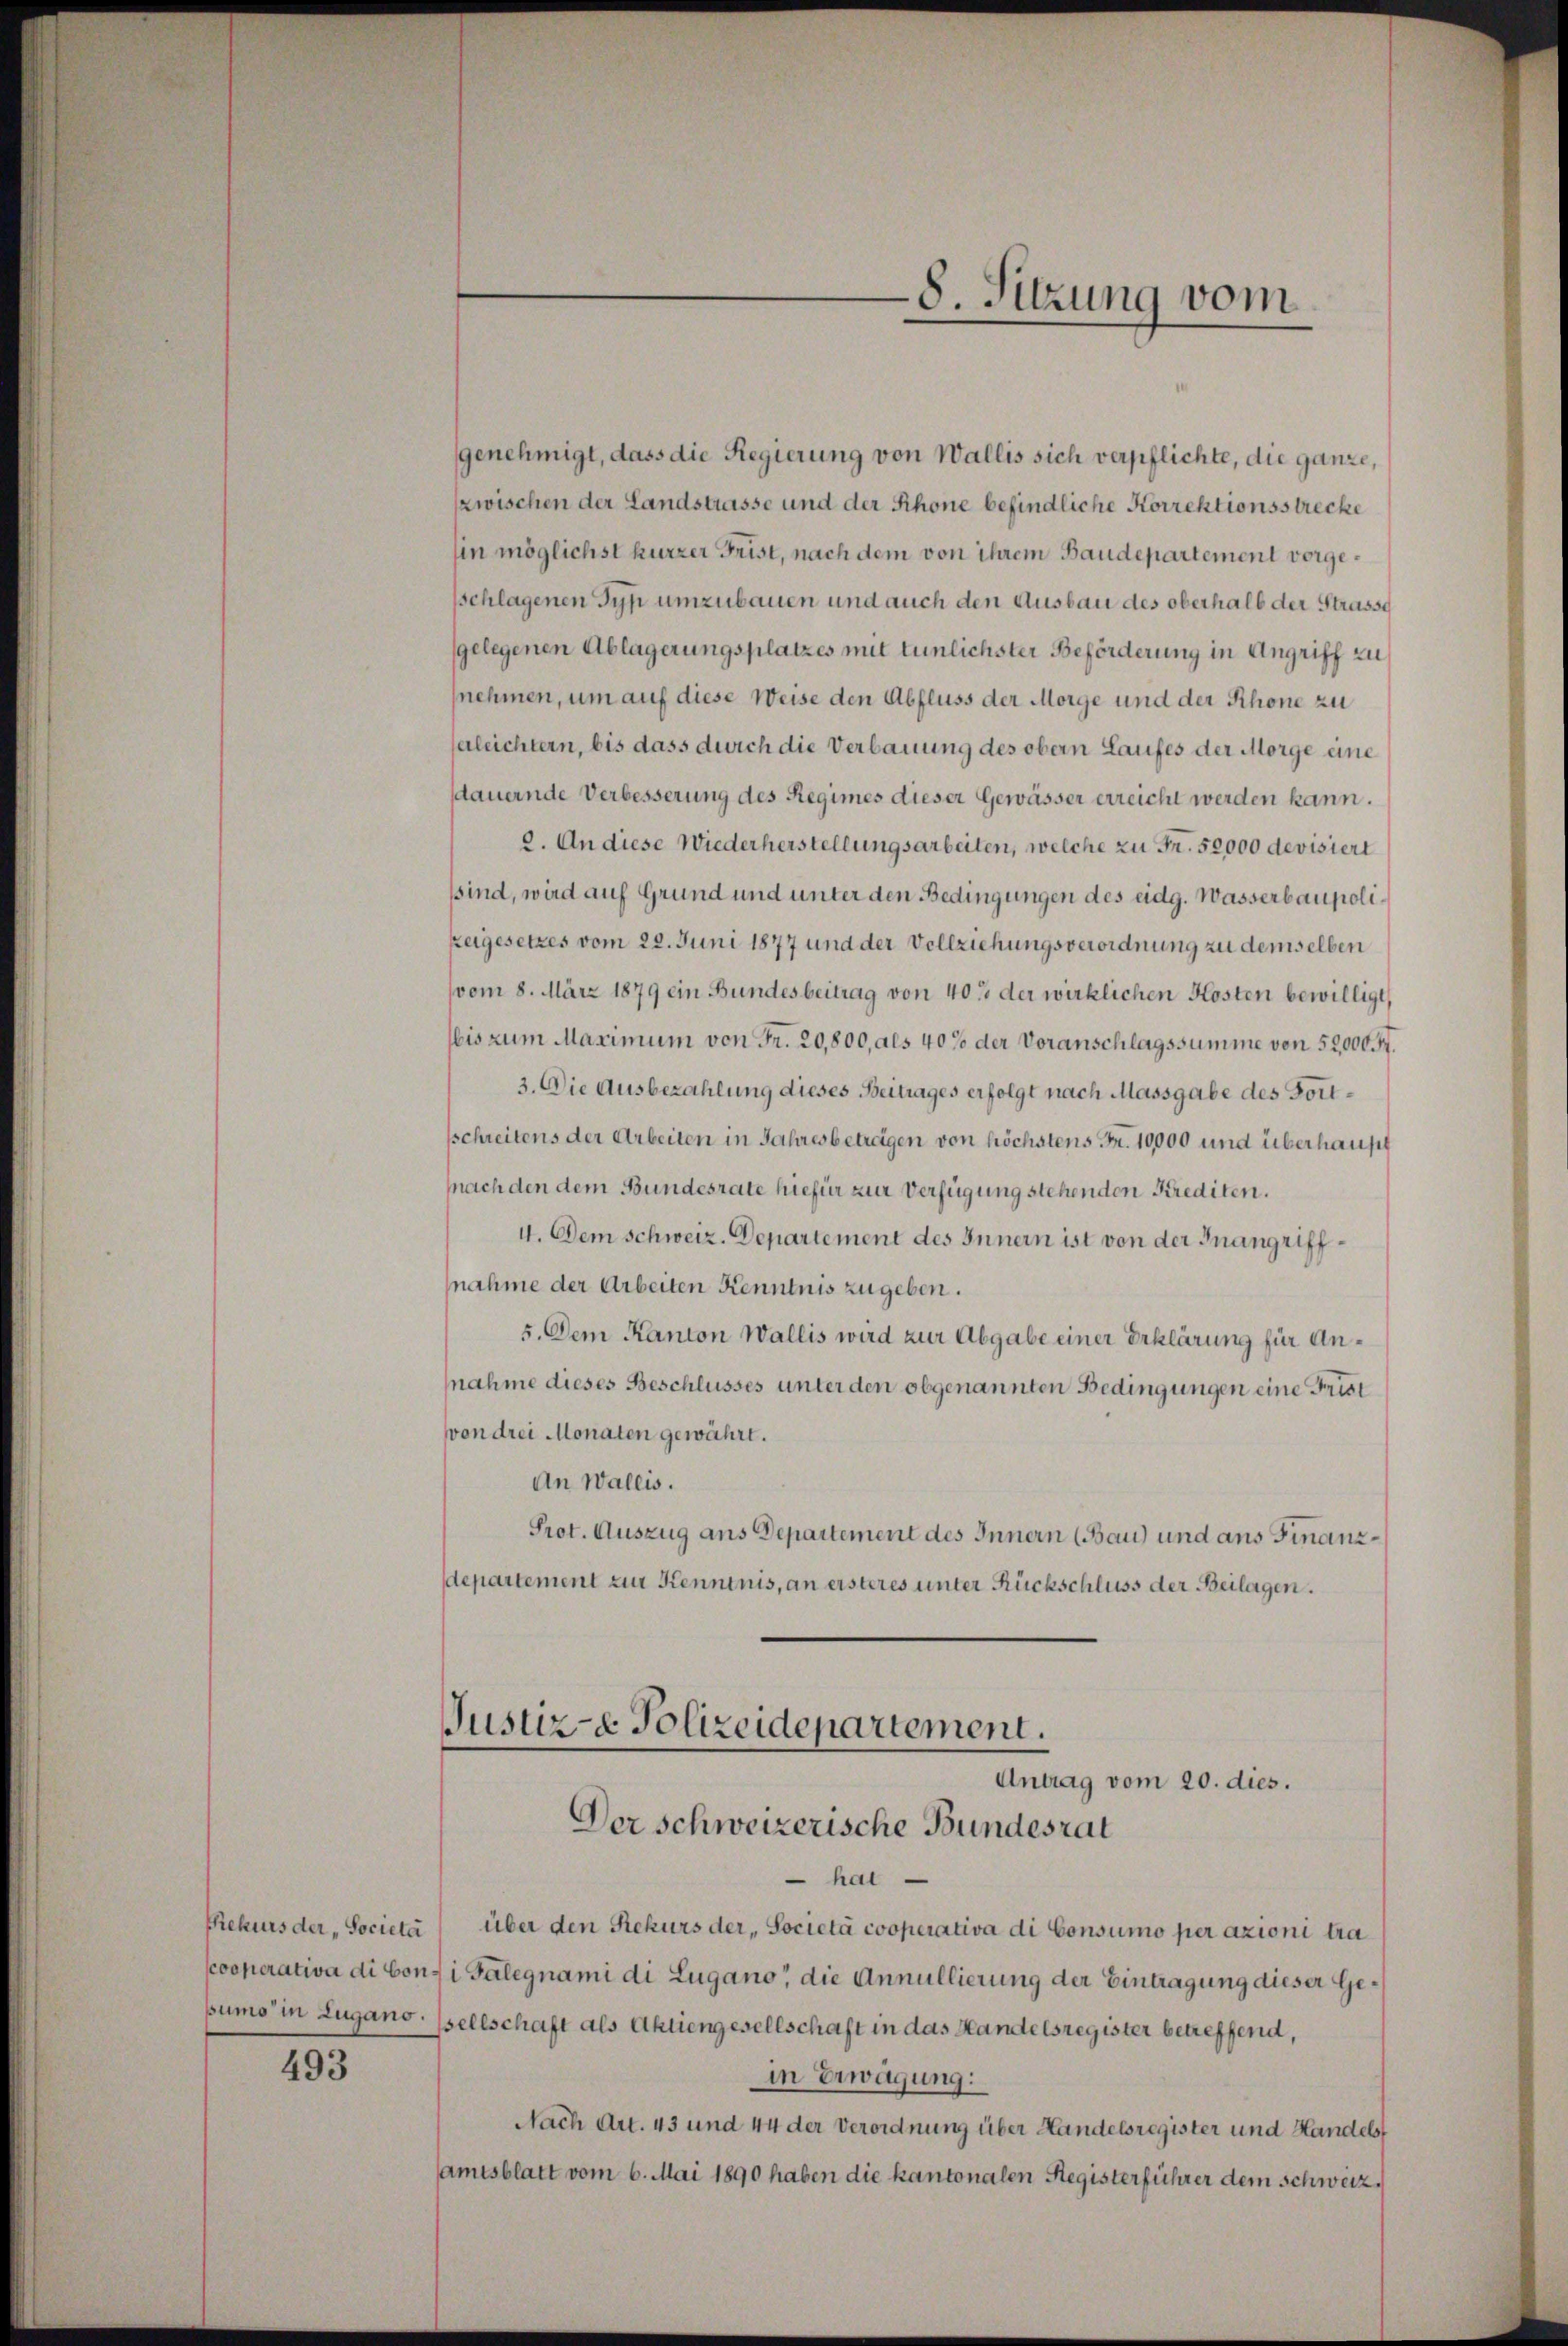
493

genehmigt, dass die Regierung von Wallis sich verpflichte, die ganze,
zwischen der Landstrasse und der Rhone befindliche Korrektionsstrecke
hin möglichst kurzer Frist, nach dem von ihrem Baudepartement vorgesschlagenen Typ umzubauen und auch den Ausbau des oberhalb der Strasse
gelegenen Ablagerungsplatzes mit tunlichster Beförderung in Angriff zu
nehmen, um auf diese Weise den Abfluss der Morge und der Rhone zu
serleichtern, bis dass durch die Verbauung des obern Laufes der Morge eine
sdauernde Verbesserung des Regimes dieser Gewässer erreicht werden kann.
2. An diese Wiederherstellungsarbeiten, welche zu Fr. 52,000 devisiert
sind, wird auf Grund und unter den Bedingungen des eidg. Wasserbaupoli¬
Zeigesetzes vom 22. Juni 1877 und der Vollziehungsverordnung zu demselben
vom 8. März 1879 ein Bundesbeitrag von 403 der wirklichen Kosten bewilligt,
bis zum Maximum von Fr. 20,800, als 40% der Voranschlagssumme von 52,000 Fr.
3. Die Ausbezahlung dieses Beitrages erfolgt nach Massgabe des Fortsschreitens der Arbeiten in Jahresbetragen von höchstens Fr. 10000 und überhaupt
pnach den dem Bundesrate hiefür zur Verfügung stehenden Krediten.
I. Dem Schweiz. Departement des Innern ist von der Inangriffnahme der Arbeiten Kenntnis zugeben.
5. Dem Kanton Wallis wird zur Abgabe einer Erklärung für Annahme dieses Beschlusses unter den obgenannten Bedingungen eine Frist
von drei Monaten gewährt.
An Wallis.
Prot. Auszug aus Departement des Innern (Bau) und aus Finanzdepartement zur Kenntnis, an ersteres unter Rückschluss der Beilagen.

hat
sekurs der „Societa über den Rekurs der „Società cooperativa di Consumo per azioni tra
sooperativa di boni Galegnami di Lugano, die Annullierung der Eintragung dieser Gesumo in Zugano, sellschaft als Aktiengesellschaft in das Handelsregister betreffend,
in Erwägung:
Nach Art. 43 und 44 der Verordnung über Handelsregister und Handels
amtsblatt vom 6. Mai 1890 haben die kantonalen Registerführer dem schweiz.

-8. Sitzung vom

Justiz- & Polizeidepartement.
Antrag vom 20. dies.
Der schweizerische Bundesrat